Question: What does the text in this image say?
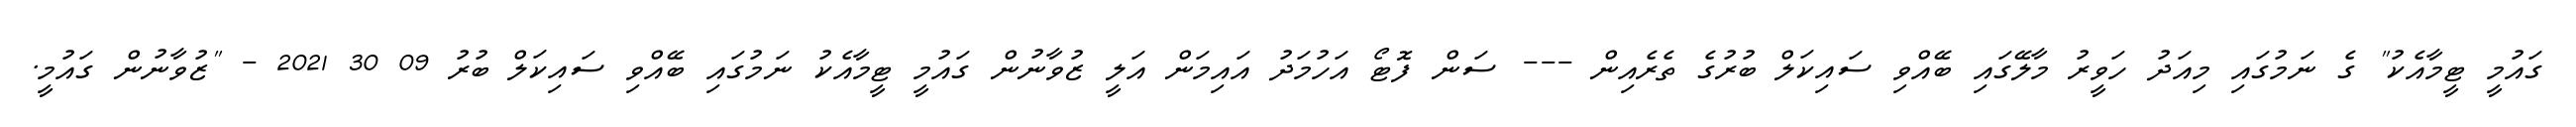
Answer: ގައުމީ ޓީމާއެކު" ގެ ނަމުގައި މިއަދު ހަވީރު މާލޭގައި ބޭއްވި ސައިކަލް ބުރުގެ ތެރެއިން --- ސަން ފޮޓޯ އަހުމަދު އައިމަން އަލީ ޒުވާނުން ގައުމީ ޓީމާއެކު ނަމުގައި ބޭއްވި ސައިކަލް ބުރު 09 30 2021 - "ޒުވާނުން ގައުމީ.